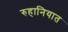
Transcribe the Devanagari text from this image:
रुहानियात